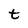
Character: t